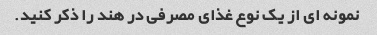
نمونه ای از یک نوع غذای مصرفی در هند را ذکر کنید.